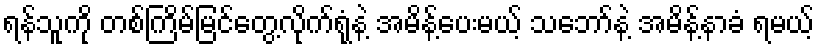
ရန်သူကို တစ်ကြိမ်မြင်တွေ့လိုက်ရုံနဲ့ အမိန့်ပေးမယ့် သဘော်နဲ့ အမိန့်နာခံ ရမယ့်